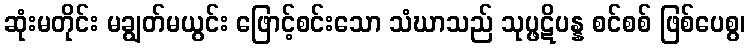
ဆုံးမတိုင်း မချွတ်မယွင်း ဖြောင့်စင်းသော သံဃာသည် သုပ္ဖဋိပန္န စင်စစ် ဖြစ်ပေစွ၊